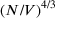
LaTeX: ( N / V ) ^ { 4 / 3 }